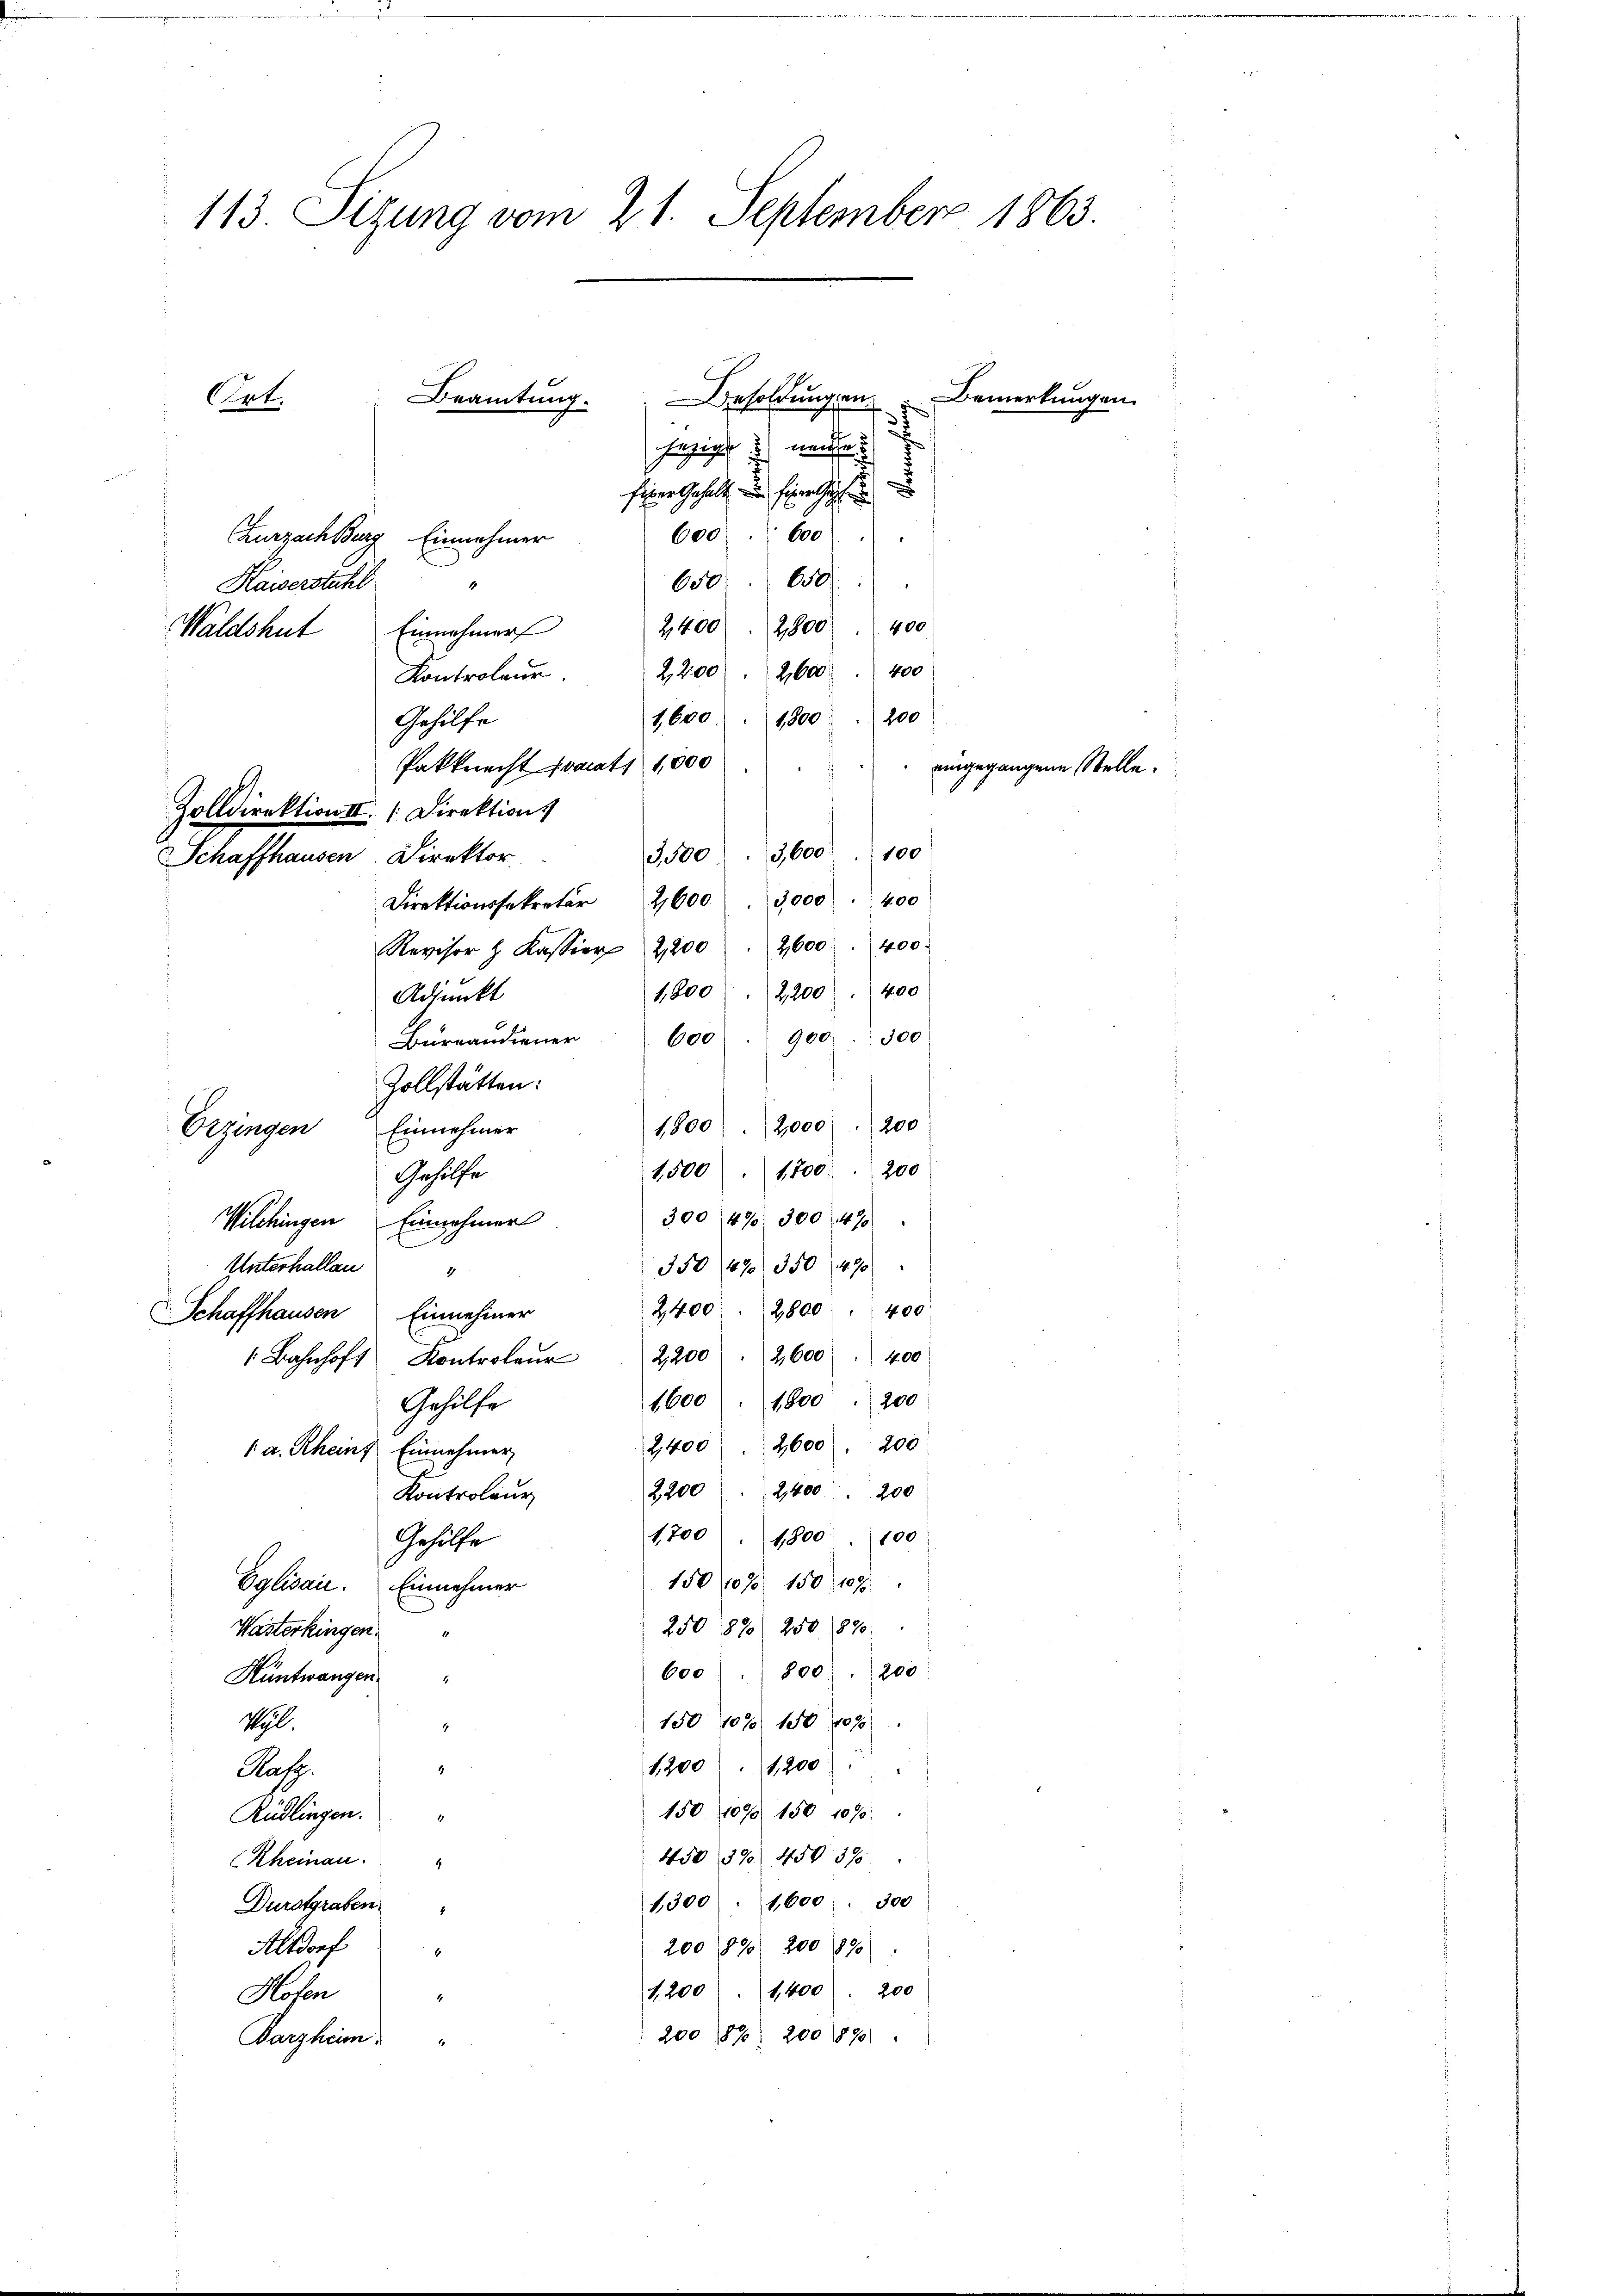
113. Sizung vom 21. September 1863.
Besoldungen Bemerkungen.
Beamtung.
Crt.
Füzigle 2) neue

u
Einer Gehalt in Heinricht
600. 600)
Zurzach Burg Einnehmer
650. 650
Kaisersteht
.
1
2400. 2800. 400
Waldshut Einnahmers
2,2002,600 400
Kontroleur.
200
1,600
1,800
Gehilfe
Pakknecht staats 1,000
Zolldirektion III. Direktions
100
,600
1,100
Schaffhausen Direktor
400
1,000
Direktionssekretär 2600
Revisor H. Kassier 2200. 2600 " 400.
400
1,600
2,200
Adjunkt
Büreandiener 600 " 900. 300
Zollstätten:
1800. 2000. 200
Erzingen Einnehmer
1,500 " 1700 " 200
Gehilfe
300 (1470. 300 (1470
Wilchingen Einnehmer
350 470. 350 (490
Unterhallen
2400. 2800 " 400
Schaffhausen Einnehmer
 Bahnhof Kontroler 2200. 2600 " 400
1600 " 1800 " 200
Gehülfe
2,400 . 2600. 200
 a. Rheins Einnehmer
200
2200 (2,400
Kontroleur
1700 1800. 100
Gehilfe
150 1070 150, 1095
Eglisau. Einnehmer
250 1890 250. 890
Wasterkingen.
600 " 800. 200
Hüntwangen.
150 1070 150. 1090
Sl.
1
1200 " 1200
1
Pasp.
150 10% 150 1070:
Rüdlingen.
450 370. 450 89
(Rheinau.
1,300 : 1,600. 300
Durstgraben
200 (870) 200 1890
Alsdorf
1,200 " 1400. 200
Hosen
200 1890: 200 1890
Barzheim. "

eingegangene Stelle.